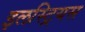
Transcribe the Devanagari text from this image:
इलस्ट्रियस